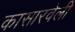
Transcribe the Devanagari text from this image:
कासारवेली